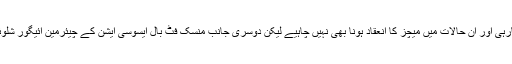
بیلاروس فٹ بال ٹیم کی سٹار کھلاڑی خارلانوا کا کہنا ہے کہ پوری دنیا میں فٹ بال نہیں کھیلی جارہی اور ان حالات میں میچز کا انعقاد ہونا بھی نہیں چاہیے لیکن دوسری جانب منسک فٹ بال ایسوسی ایشن کے چیئرمین ائیگور شلوئےڈا نے کہا کہ کورونا وائرس کیسز میں بہتری کے بعد ہی حکومت نے میچز کی اجازت دی ہے۔